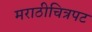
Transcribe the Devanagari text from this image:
मराठीचित्रपट